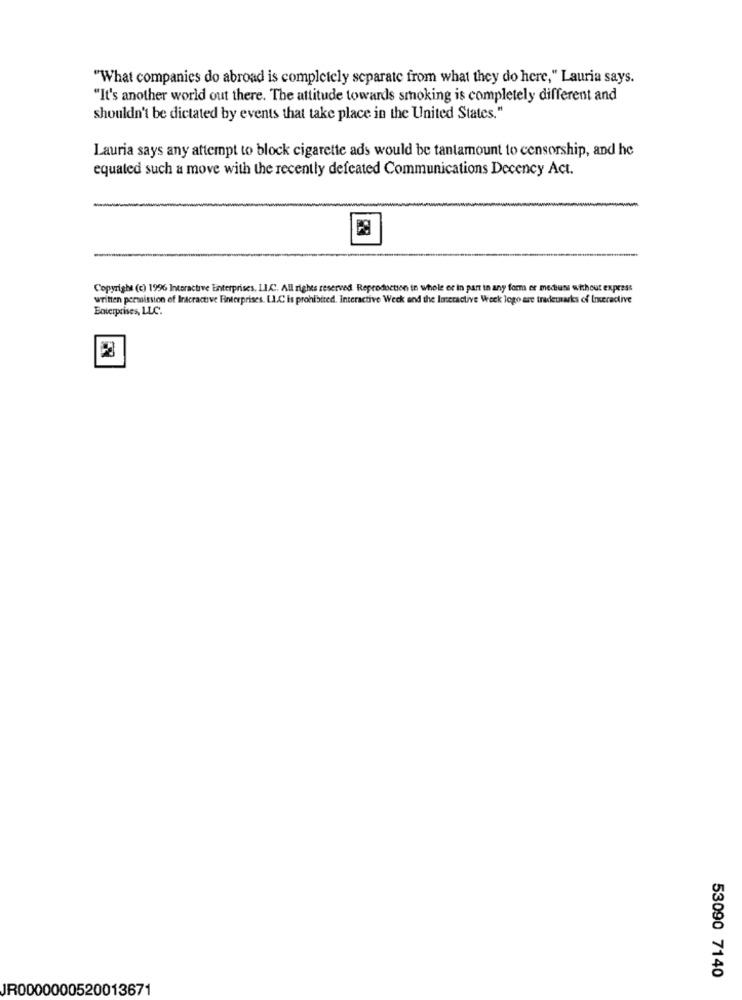
"What companies do abroad is completely separate from what they do here," Lauria says.
"It's another world out there. The attitude towards smoking is completely different and
shouldn't be dictated by events that take place in the United States."
Lauria says any attempt to block cigarette ads would be tantamount to censorship, and he
equaled such a move with the recently defeated Communications Decency Act.
Copyright (c) 1996 Interactive Enterprises, LI.A. All rights reserved Reproduction in whole or in part in any form er meduns without express
written permission of Inacractive Finterprises. L.L.C is prohibited. Interactive Week end the Imeractive Week logo are trademarks of Ineractive
Boterprises, LLC.
53090 7140
JR0000000520013671